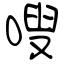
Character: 嗖